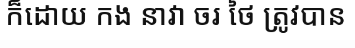
ក៏ដោយ កង នាវា ចរ ថៃ ត្រូវបាន